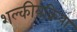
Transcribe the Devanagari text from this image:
शल्कीयक्रिया